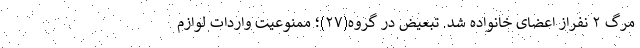
مرگ ۲ نفراز اعضای خانواده شد. تبعیض در گروه(۲۷)؛ ممنوعیت واردات لوازم